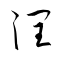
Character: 潤